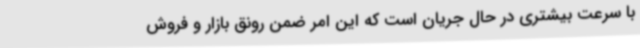
با سرعت بیشتری در حال جریان است که این امر ضمن رونق بازار و فروش